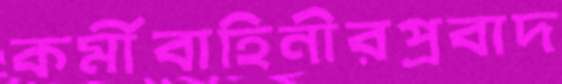
কর্মীবাহিনীরপ্রবাদ